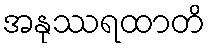
အနုဿရထာတိ